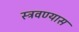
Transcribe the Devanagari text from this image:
स्त्रवण्यास